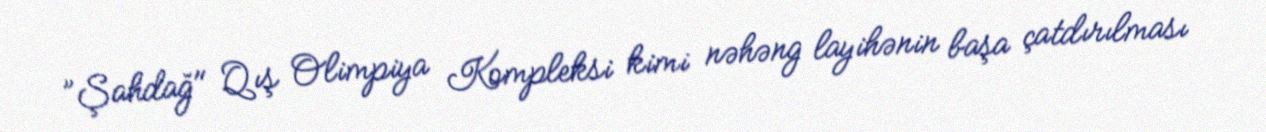
”Şahdağ" Qış Olimpiya Kompleksi kimi nəhəng layihənin başa çatdırılması